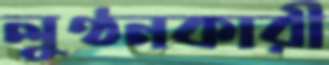
লুণ্ঠনকারী